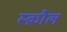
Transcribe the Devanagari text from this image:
स्क्रौल